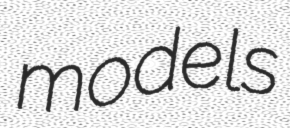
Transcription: models